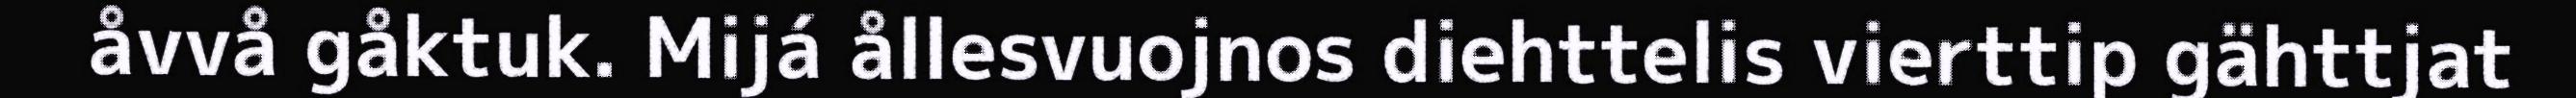
åvvå gåktuk. Mijá ållesvuojnos diehttelis vierttip gähttjat